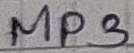
Text: MP3